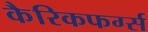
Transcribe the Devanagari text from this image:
कैरिकफर्ग्स